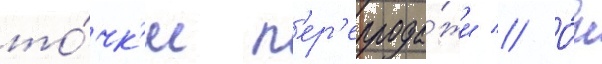
то́чк'и п'ер'епрода́жи // О́н